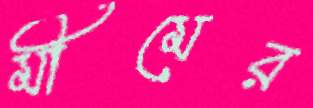
মীমের